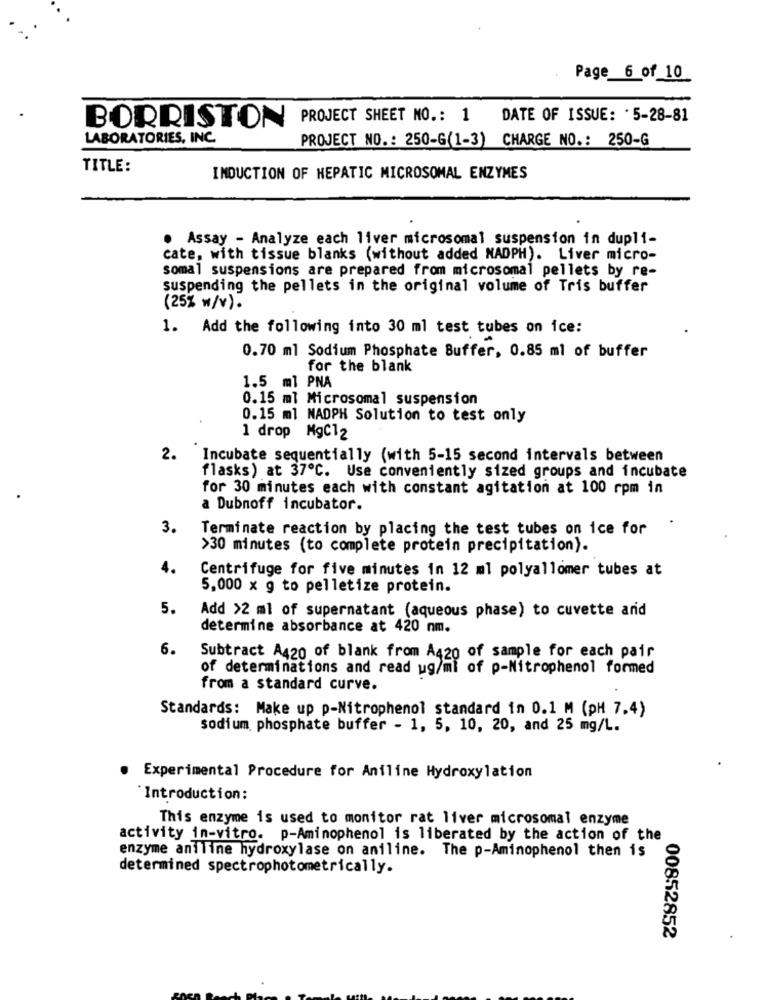
Page_ 6_of_10
PROJECT SHEET NO .: 1 DATE OF ISSUE: 5-28-81
BORRISTON
LABORATORIES, INC.
PROJECT NO .: 250-G(1-3) CHARGE NO .: 250-G
TITLE:
INDUCTION OF HEPATIC MICROSOMAL ENZYMES
· Assay - Analyze each liver microsomal suspension in dupli-
cate, with tissue blanks (without added NADPH). Liver micro-
somal suspensions are prepared from microsomal pellets by re-
suspending the pellets in the original volume of Tris buffer
(25% w/v).
1. Add the following into 30 ml test tubes on ice:
0.70 ml Sodium Phosphate Buffer, 0.85 ml of buffer
for the blank
1.5 ml PNA
0.15 ml Microsomal suspension
0.15 ml NADPH Solution to test only
1 drop MgC12
2.
Incubate sequentially (with 5-15 second intervals between
flasks) at 37ºC. Use conveniently sized groups and incubate
for 30 minutes each with constant agitation at 100 rpm in
a Dubnoff incubator.
3.
Terminate reaction by placing the test tubes on ice for
>30 minutes (to complete protein precipitation).
4.
Centrifuge for five minutes in 12 ml polyallomer tubes at
5,000 x g to pelletize protein.
5.
Add >2 ml of supernatant (aqueous phase) to cuvette and
determine absorbance at 420 nm.
6.
Subtract A420 of blank from A420 of sample for each pair
of determinations and read ug/ml of p-Nitrophenol formed
from a standard curve.
Standards: Make up p-Nitrophenol standard in 0.1 M (pH 7.4)
sodium phosphate buffer - 1, 5, 10, 20, and 25 mg/L.
Experimental Procedure for Aniline Hydroxylation
Introduction:
This enzyme is used to monitor rat liver microsomal enzyme
activity in-vitro. p-Aminophenol is liberated by the action of the
enzyme aniline hydroxylase on aniline. The p-Aminophenol then is
determined spectrophotometrically.
00852852